Madras plague regulations and rules - Volume 2
Disease focus: Plague
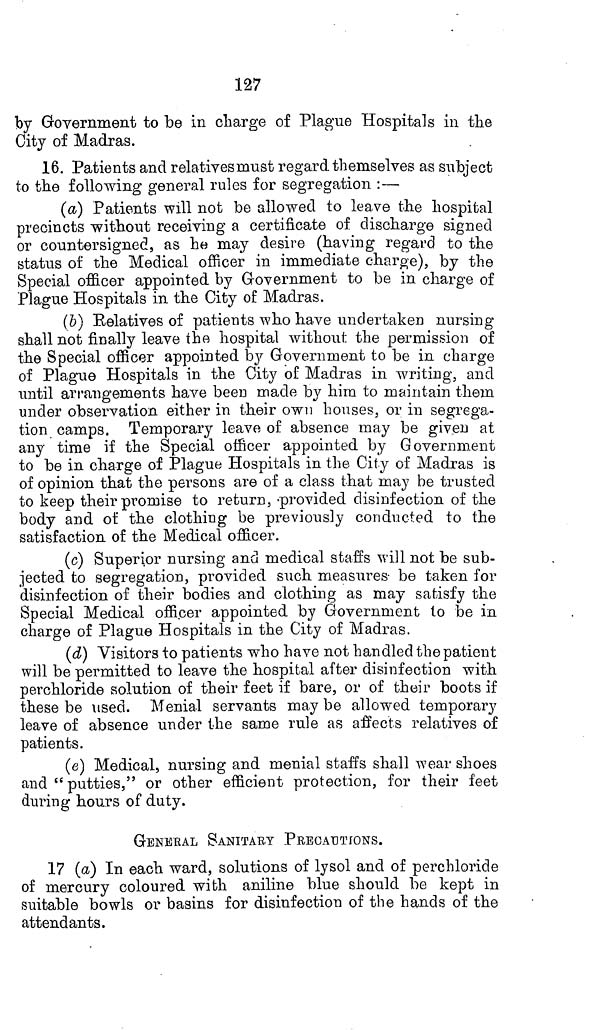
127
by Government to be in charge of Plague Hospitals in the
City of Madras.
16. Patients and relatives must regard themselves as subject
to the following general rules for segregation :—
(a) Patients will not be allowed to leave the hospital
precincts without receiving a certificate of discharge signed
or countersigned, as he may desire (having regard to the
status of the Medical officer in immediate charge), by the
Special officer appointed by Government to be in charge of
Plague Hospitals in the City of Madras.
(b) Relatives of patients who have undertaken nursing
shall not finally leave the hospital without the permission of
the Special officer appointed by Government to be in charge
of Plague Hospitals in the City of Madras in writing, and
until arrangements have been made by him to maintain them
under observation either in their own houses, or in segrega-
tion camps. Temporary leave of absence may be given at
any time if the Special officer appointed by Government
to be in charge of Plague Hospitals in the City of Madras is
of opinion that the persons are of a class that may be trusted
to keep their promise to return, provided disinfection of the
body and of the clothing be previously conducted to the
satisfaction of the Medical officer.
(c) Superior nursing and medical staffs will not be sub-
jected to segregation, provided such measures be taken for
disinfection of their bodies and clothing as may satisfy the
Special Medical officer appointed by Government to be in
charge of Plague Hospitals in the City of Madras.
(d) Visitors to patients who have not handled the patient
will be permitted to leave the hospital after disinfection with
perchloride solution of their feet if bare, or of their boots if
these be used. Menial servants may be allowed temporary
leave of absence under the same rule as affects relatives of
patients.
(e) Medical, nursing and menial staffs shall wear shoes
and " putties," or other efficient protection, for their feet
during hours of duty.
GENErAL SANITARY PRECAUTIONS.
17 (a) In each ward, solutions of lysol and of perchloride
of mercury coloured with aniline blue should be kept in
suitable bowls or basins for disinfection of the hands of the
attendants.